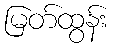
မြတ်ထွန်း